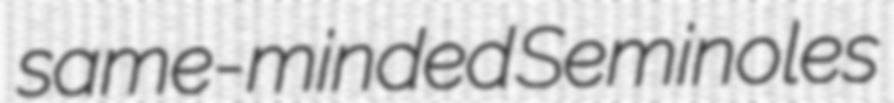
same-minded Seminoles